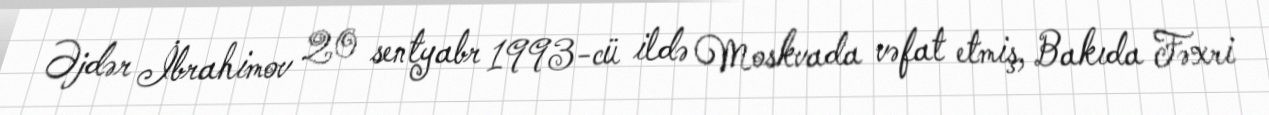
Əjdər İbrahimov 20 sentyabr 1993-cü ildə Moskvada vəfat etmiş, Bakıda Fəxri